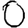
Digit: 0